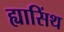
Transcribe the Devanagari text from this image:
ह्यासिंथ